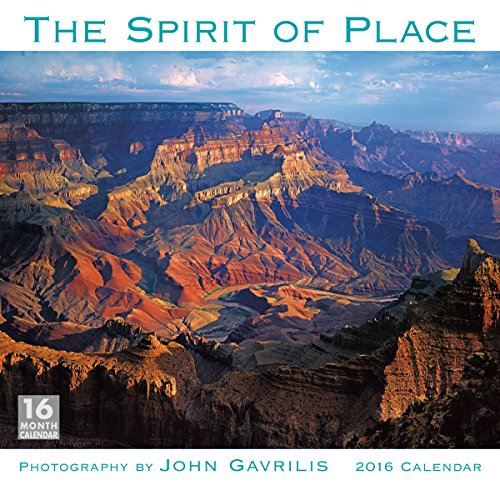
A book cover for Spirit of Place 2016 Wall Calendar; John Gavrilis; Calendars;